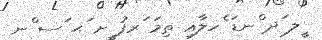
ީލ ަދ ްނޑަ ެހލާއި ތިމަ ަރފު ީށ ަޙ ަސ ްނ